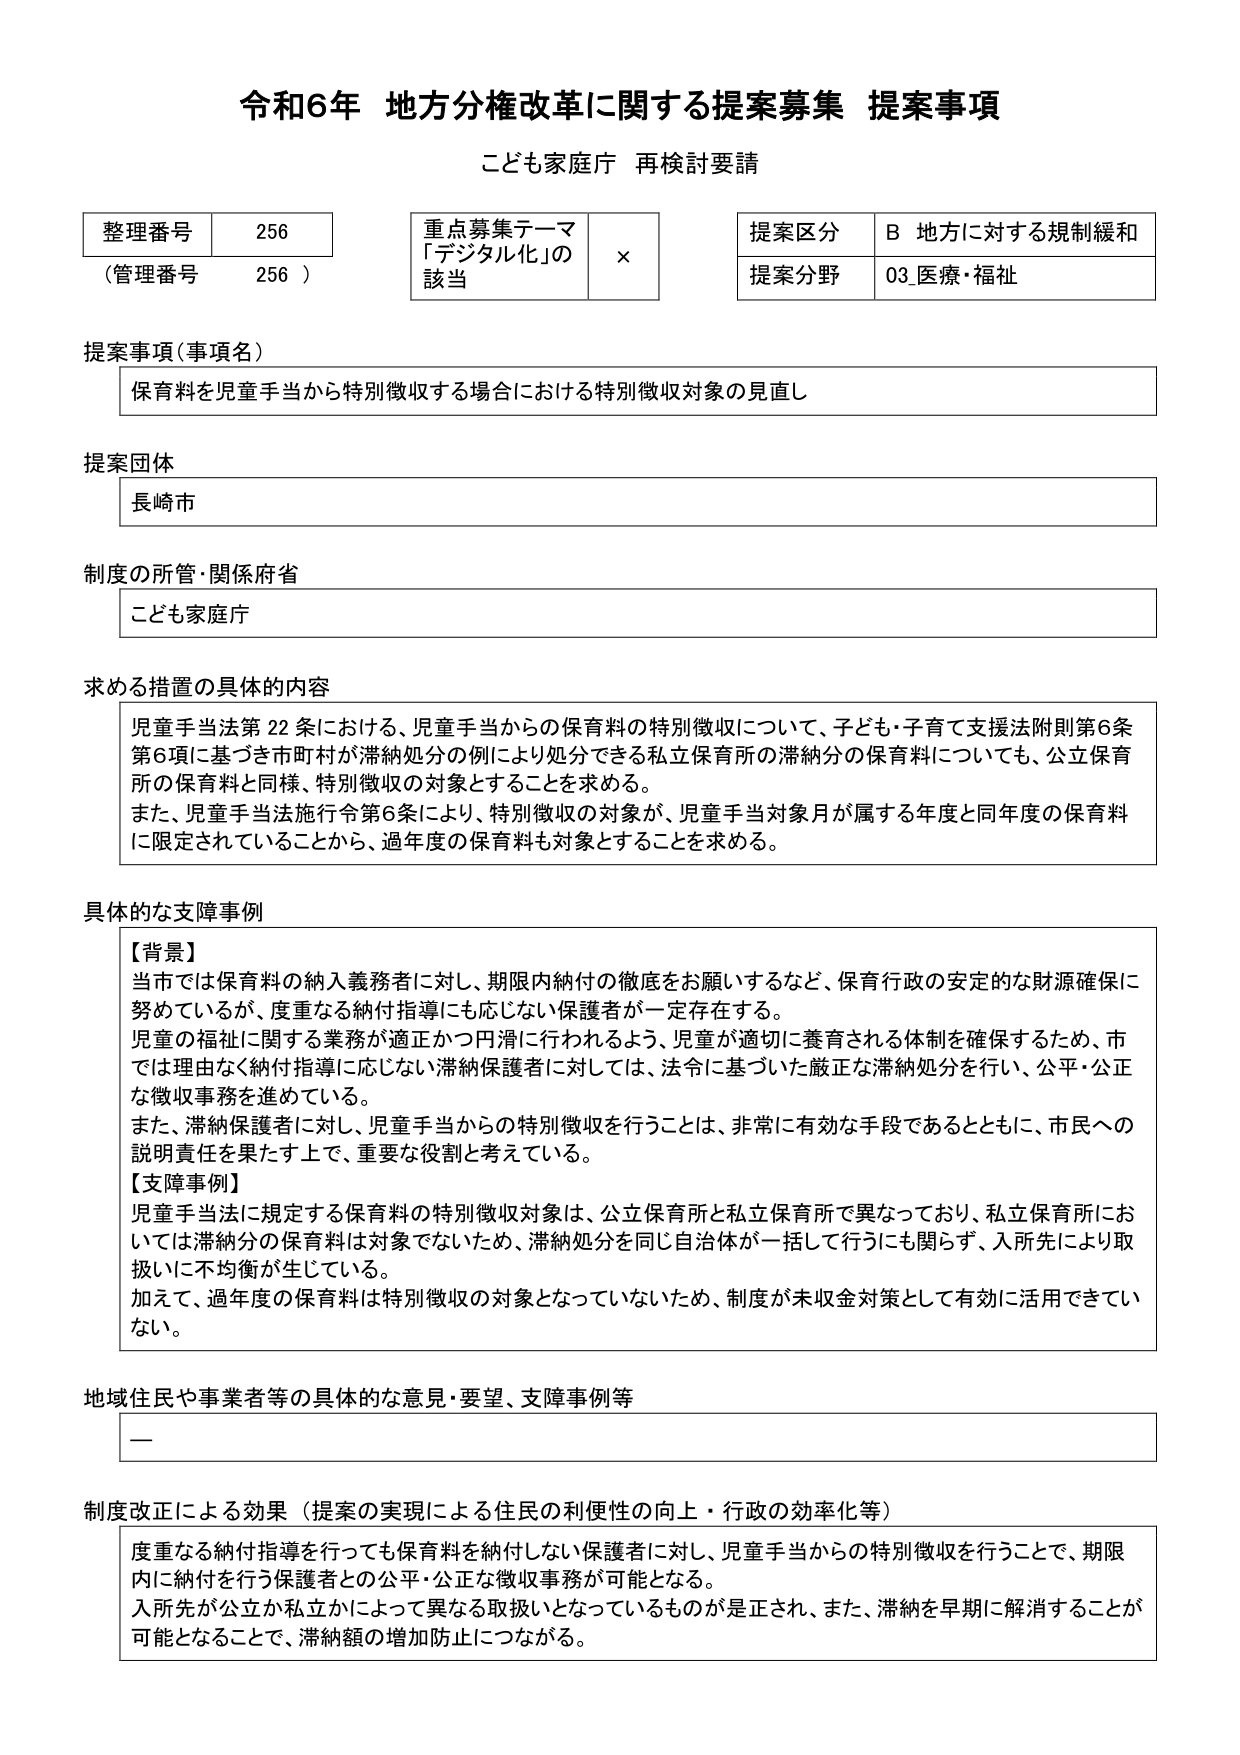
令和6年 地方分権改革に関する提案募集 提案事項
こども家庭庁 再検討要請

整理番号 256
（管理番号 256）

重点募集テーマ
「デジタル化」の
該当 ×

提案区分 B 地方に対する規制緩和
提案分野 03 医療・福祉

提案事項（事項名）
保育料を児童手当から特別徴収する場合における特別徴収対象の見直し

提案団体
長崎市

制度の所管・関係府省
こども家庭庁

求める措置の具体的内容
児童手当法第22条における、児童手当からの保育料の特別徴収について、子ども・子育て支援法附則第6条第6項に基づき市町村が滞納処分の例により処分できる私立保育所の滞納分の保育料についても、公立保育所の保育料と同様、特別徴収の対象とすることを求める。
また、児童手当法施行令第6条により、特別徴収の対象が、児童手当対象月が属する年度と同年度の保育料に限定されていることから、過年度の保育料も対象とすることを求める。

具体的な支障事例
【背景】
当市では保育料の納入義務者に対し、期限内納付の徹底をお願いするなど、保育行政の安定的な財源確保に努めているが、度重なる納付指導にも応じない保護者が一定存在する。
児童の福祉に関する業務が適正かつ円滑に行われるよう、児童が適切に養育される体制を確保するため、市では理由なく納付指導に応じない滞納保護者に対しては、法令に基づいた厳正な滞納処分を行い、公平・公正な徴収事務を進めている。
また、滞納保護者に対し、児童手当からの特別徴収を行うことは、非常に有効な手段であるとともに、市民への説明責任を果たす上で、重要な役割と考えている。
【支障事例】
児童手当法に規定する保育料の特別徴収対象は、公立保育所と私立保育所で異なっており、私立保育所においては滞納分の保育料は対象でないため、滞納処分を同じ自治体が一括して行うにも関わらず、入所先により取扱いに不均衡が生じている。
加えて、過年度の保育料は特別徴収の対象となっていないため、制度が未収金対策として有効に活用できていない。

地域住民や事業者等の具体的な意見・要望、支障事例等
ー

制度改正による効果（提案の実現による住民の利便性の向上・行政の効率化等）
度重なる納付指導を行っても保育料を納付しない保護者に対し、児童手当からの特別徴収を行うことで、期限内に納付を行う保護者との公平・公正な徴収事務が可能となる。
入所先が公立か私立かによって異なる取扱いとなっているものが是正され、また、滞納を早期に解消することが可能となることで、滞納額の増加防止につながる。